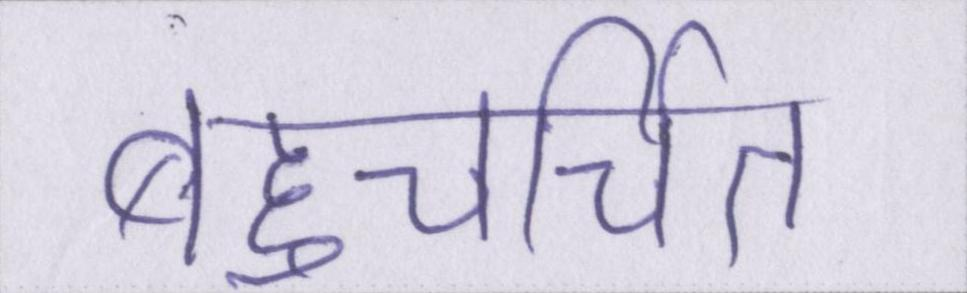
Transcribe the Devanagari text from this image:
बहुचर्चित